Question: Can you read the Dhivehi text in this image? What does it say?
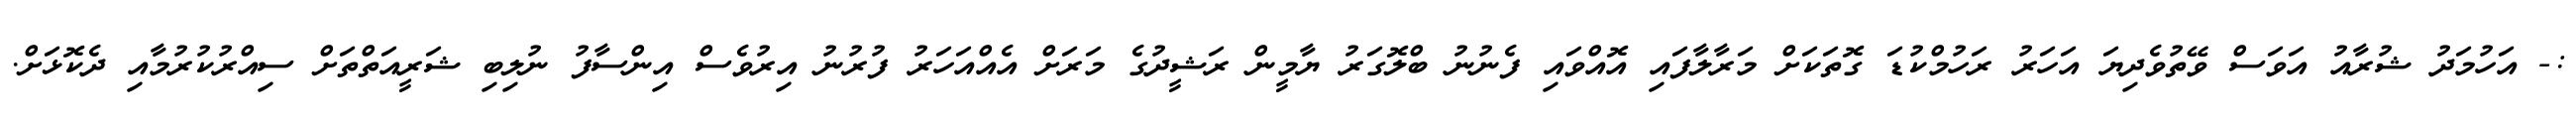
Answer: :- އަހުމަދު ޝުރާއު އަވަސް ވޭތުވެދިޔަ އަހަރު ރަހުމްކުޑަ ގޮތަކަށް މަރާލާފައި އޮއްވައި ފެނުނު ބްލޮގަރު ޔާމީން ރަޝީދުގެ މަރަށް އެއްއަހަރު ފުރުނު އިރުވެސް އިންސާފު ނުލިބި ޝަރީއަތްތަށް ސިއްރުކުރުމާއި ދެކޮޅަށް.